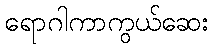
ရောဂါကာကွယ်ဆေး